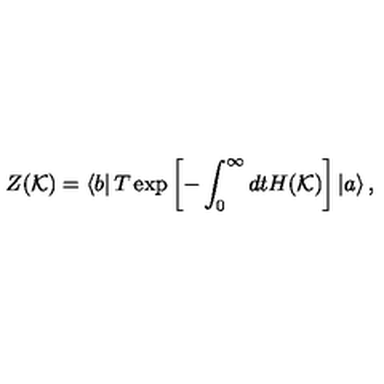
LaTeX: Z ( \mathcal { K } ) = \left\langle b \right| T \exp \left[ - \int _ { 0 } ^ { \infty } d t H ( \mathcal { K } ) \right] \left| a \right\rangle ,